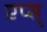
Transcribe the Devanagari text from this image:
एप्स्